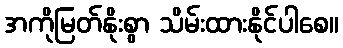
အကိုမြတ်နိုးစွာ သိမ်းထားနိုင်ပါစေ။